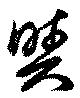
与